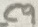
Text: C9